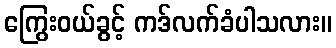
ကြွေးဝယ်ခွင့် ကဒ်လက်ခံပါသလား။